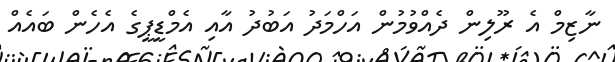
ނާޒިމް އެ ރޫލިން ދެއްވުމުން އަހްމަދު އަބުދު އާއި އެމްޑީޕީގެ އެހެން ބައެއް